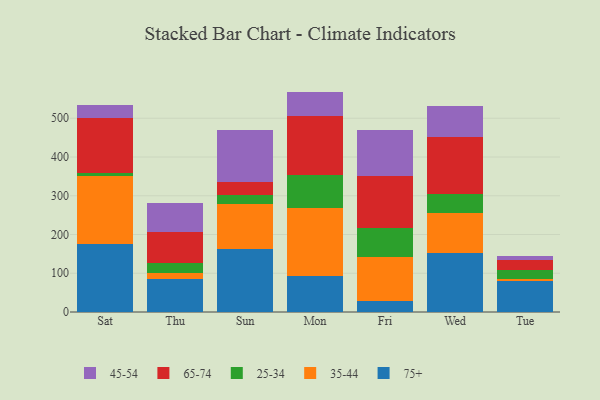
{"axis": {"x": "Day", "y": "LTV (USD)"}, "legend": ["25-34", "35-44", "45-54", "65-74", "75+"], "data": [{"x": "Sat", "y": 176.6, "type": "75+"}, {"x": "Sat", "y": 174.6, "type": "35-44"}, {"x": "Sat", "y": 7.0, "type": "25-34"}, {"x": "Sat", "y": 143.2, "type": "65-74"}, {"x": "Sat", "y": 33.0, "type": "45-54"}, {"x": "Thu", "y": 84.7, "type": "75+"}, {"x": "Thu", "y": 17.0, "type": "35-44"}, {"x": "Thu", "y": 24.9, "type": "25-34"}, {"x": "Thu", "y": 80.7, "type": "65-74"}, {"x": "Thu", "y": 73.0, "type": "45-54"}, {"x": "Sun", "y": 162.2, "type": "75+"}, {"x": "Sun", "y": 117.4, "type": "35-44"}, {"x": "Sun", "y": 22.0, "type": "25-34"}, {"x": "Sun", "y": 33.1, "type": "65-74"}, {"x": "Sun", "y": 135.7, "type": "45-54"}, {"x": "Mon", "y": 92.7, "type": "75+"}, {"x": "Mon", "y": 175.0, "type": "35-44"}, {"x": "Mon", "y": 86.7, "type": "25-34"}, {"x": "Mon", "y": 151.9, "type": "65-74"}, {"x": "Mon", "y": 62.5, "type": "45-54"}, {"x": "Fri", "y": 29.5, "type": "75+"}, {"x": "Fri", "y": 112.1, "type": "35-44"}, {"x": "Fri", "y": 76.1, "type": "25-34"}, {"x": "Fri", "y": 132.6, "type": "65-74"}, {"x": "Fri", "y": 120.5, "type": "45-54"}, {"x": "Wed", "y": 152.9, "type": "75+"}, {"x": "Wed", "y": 102.0, "type": "35-44"}, {"x": "Wed", "y": 49.1, "type": "25-34"}, {"x": "Wed", "y": 148.8, "type": "65-74"}, {"x": "Wed", "y": 79.7, "type": "45-54"}, {"x": "Tue", "y": 80.7, "type": "75+"}, {"x": "Tue", "y": 5.2, "type": "35-44"}, {"x": "Tue", "y": 23.3, "type": "25-34"}, {"x": "Tue", "y": 24.9, "type": "65-74"}, {"x": "Tue", "y": 11.4, "type": "45-54"}]}